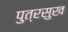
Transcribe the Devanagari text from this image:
पुत्रसुख